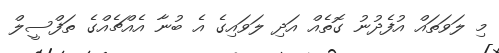
މި ލަވަތައް އުފެދުނު ގޮތެއް އަދި ލަވަައިގެ އެ ބުނާ އެއްޗެއްގެ ތަފްސީލް